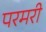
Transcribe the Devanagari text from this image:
परमरी